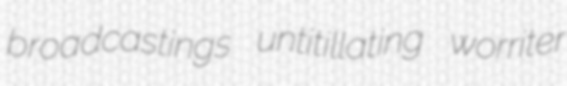
broadcastings untitillating worriter